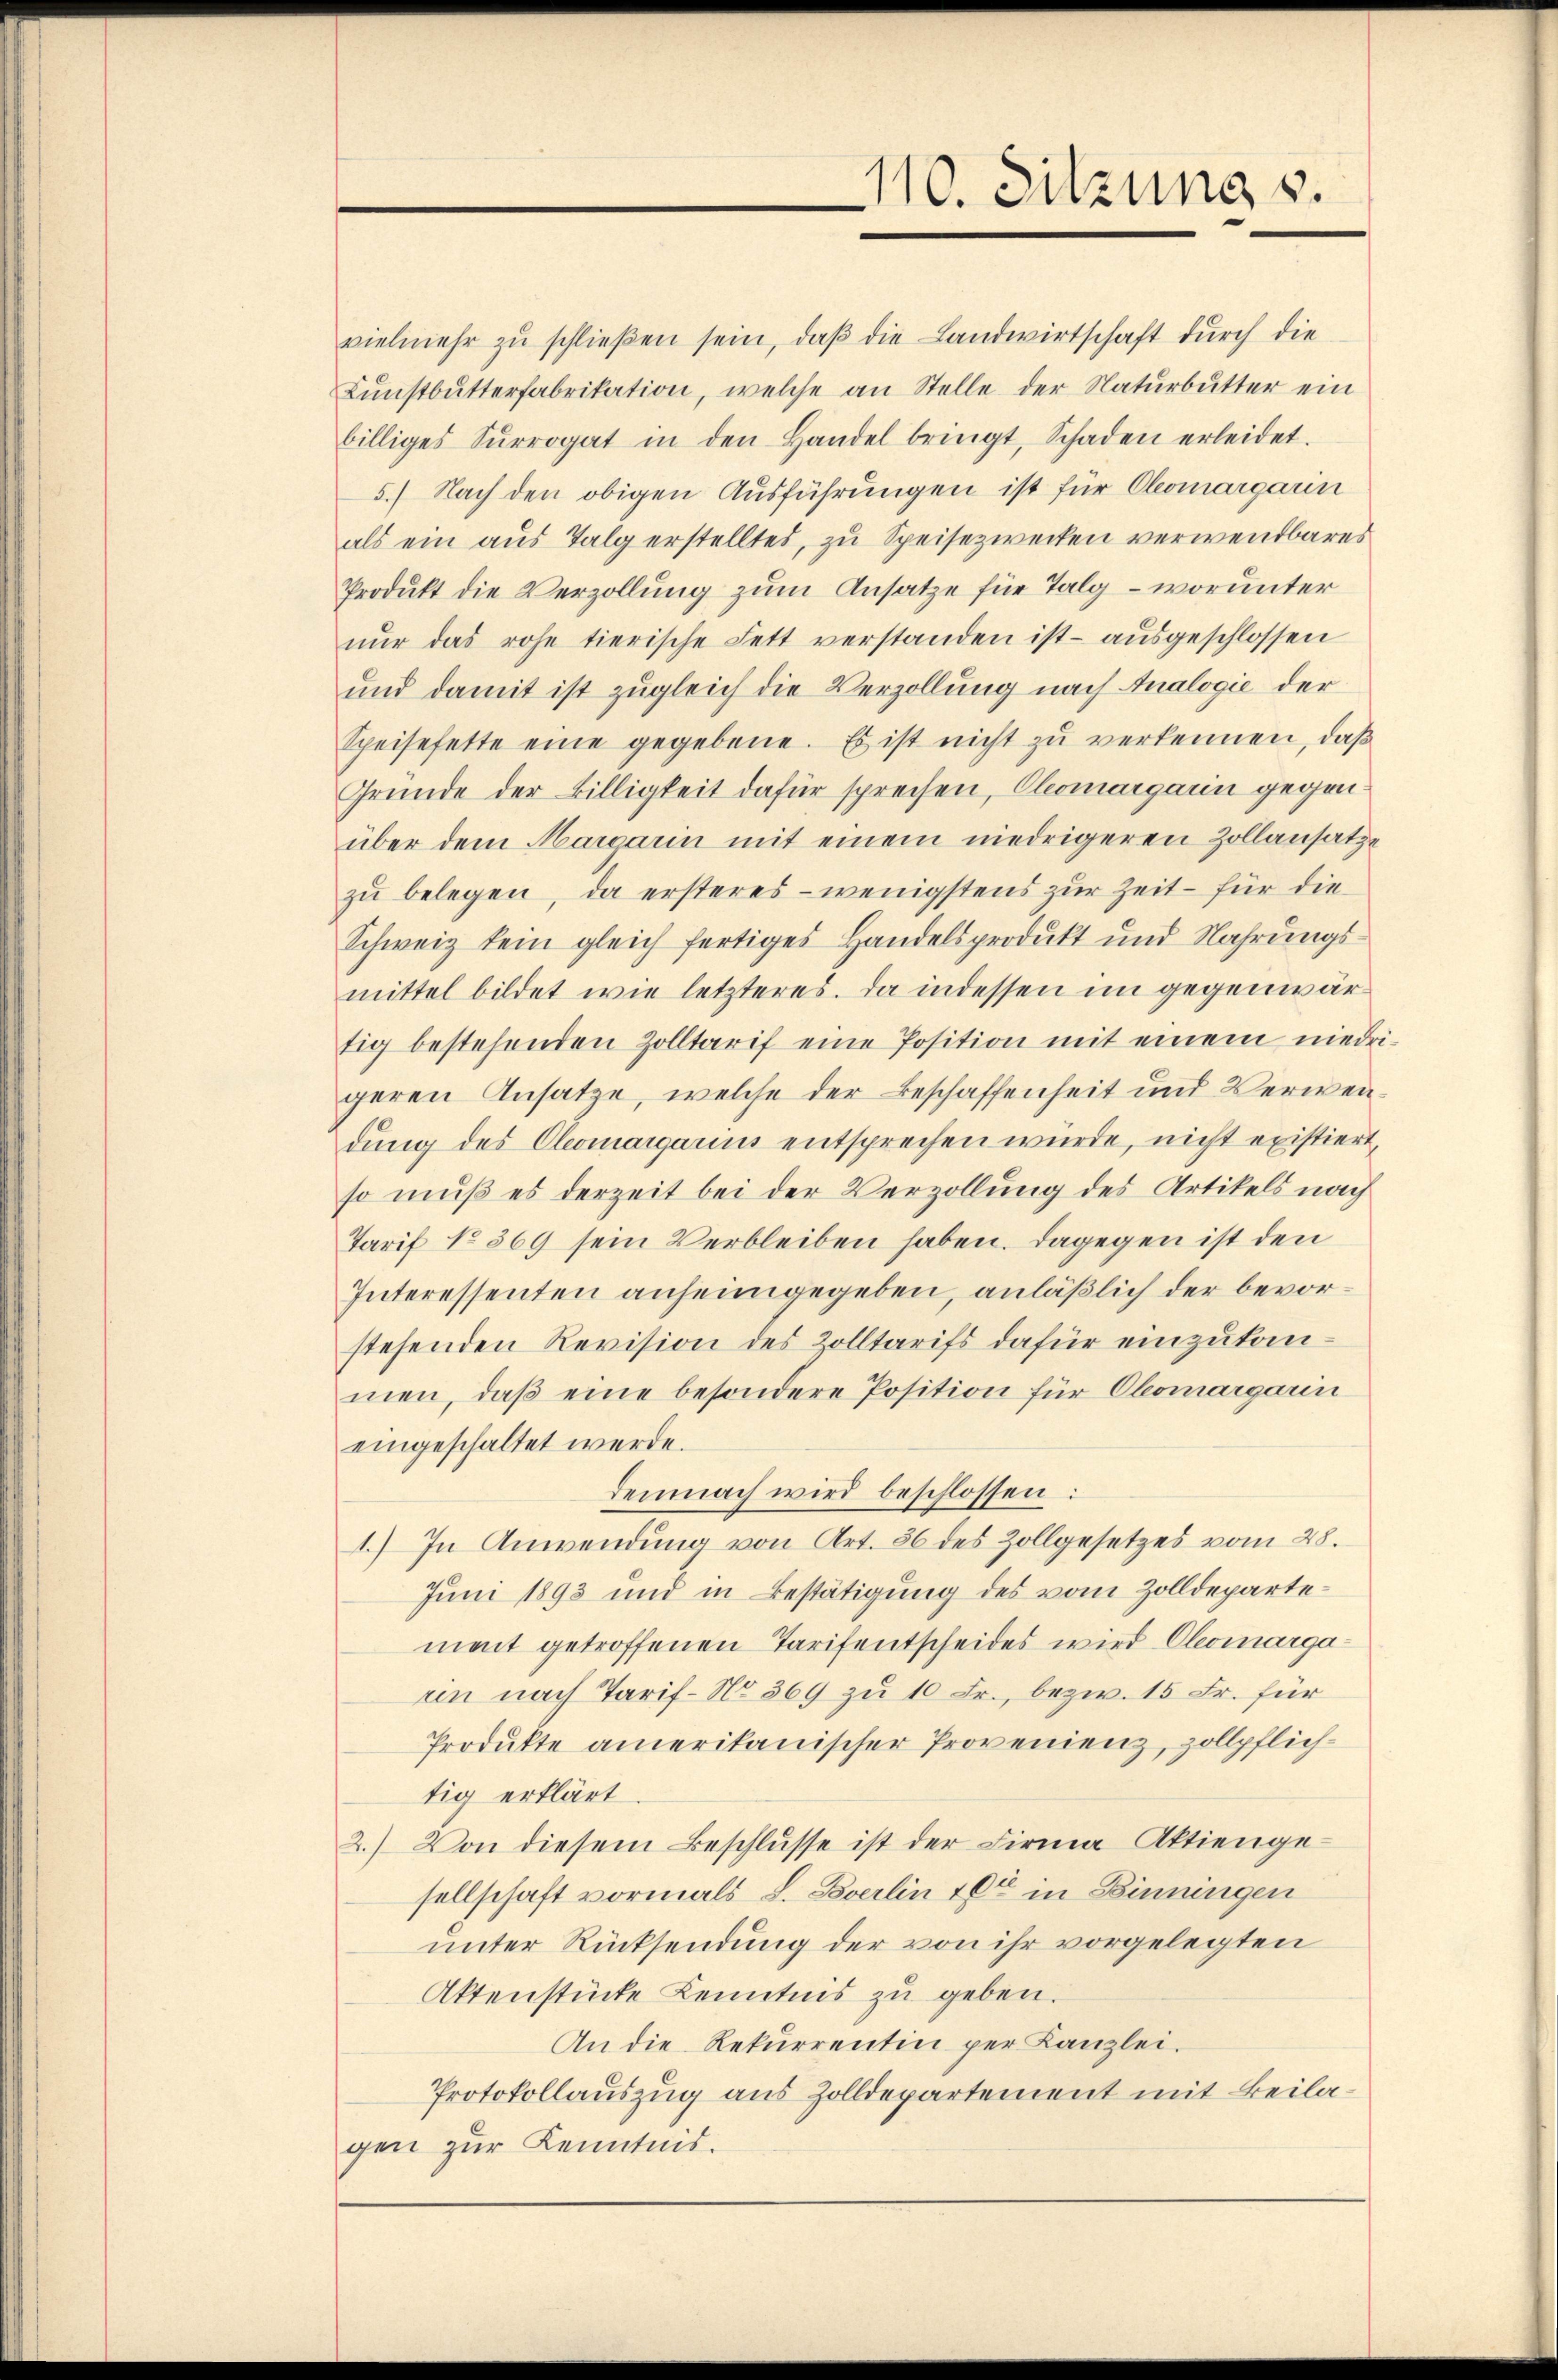
vielmehr zŭ schlieβen sein, daβ die Landwirtschaft durch die
Lŭnstbŭtterfabrikation, welche an Stelle der Natŭrbŭtter ein
billiges Surrogat in den Handel bringt, Schaden erleidet.
5.) Nach den obigen Ausführungen ist für Comargarin
als ein aus Talg erstelltes, zu Speisezwecken verwendbares
Produkt die Verzollung zum Ansatze für Talg – worunter
nŭr das rohe tierische Fett verstanden ist aŭsgeschlossen
und damit ist zugleich die Verzollung nach Analogie der
Speisefette eine gegebene. Es ist nicht zu verkennen, daß
Gründe der Billigkeit dafür sprechen, Chomargarin gegenüber dem Margarin mit einem niedrigeren Zollansatze
zŭ belegen, da ersteres - wenigstens zur Zeit - für die
Schweiz kein gleich fertiges Handelsprodukt und Nahrŭngs-
mittel bildet wie letzteres. Da indessen im gegenwärtig bestehenden Zolltarif eine Position mit einem niedrigeren Ansätze, welche der Beschaffenheit und Verwendung des Cleomargarius entsprechen würde, nicht existiert
so muß es derzeit bei der Verzollung des Artikels nach
Tarif No 369 sein Verbleiben haben. Dagegen ist den
Interessenten anheimgegeben, anläßlich der bevorstehenden Revision des Zolltarifs dafür einzukommen, daß eine besondere Position für Obomargarin
eingeschaltet werde.
demnach wird beschlossen:
1.) In Anwendung von Art. 36 des Zollgesetzes vom 28.
Juni 1893 und in Bestätigung des vom Zolldepartement getroffenen Tarifentscheides wird Comargarin nach Tarif- No 369 zu 10 Fr., bezw. 15 Fr. für
Produkte amerikanischer Provenienz, zollpflichtig erklärt
2.) Von diesem Beschlŭsse ist der Firma Aktienge-
sellschaft vormals L. Boverlin 104 in Binningen
unter Rücksendung der von ihr vorgelegten
Aktenstücke Kenntnis zu geben.
An die Rekurrentin per Kanzlei.
Protokollauszug aus Zolldepartement mit Beilagen zur Kenntnis.

110. Sitzung s.